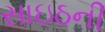
સાઇઠની